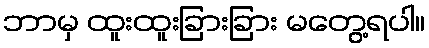
ဘာမှ ထူးထူးခြားခြား မတွေ့ရပါ။